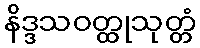
နိဒ္ဒသဝတ္ထုသုတ္တံ